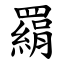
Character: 羂